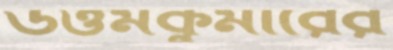
উত্তমকুমারের